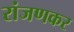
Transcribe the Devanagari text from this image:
रांजणकर